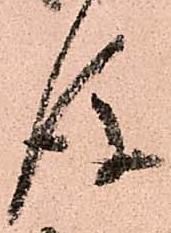
後